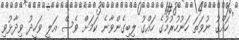
ހައްގު ނުވަތަ ހަނުހުރުމުގެ ހައްގު ލިބިގެންވާނެ ކަމަށް ވެސް އަލީ ވަހީދު ވިދާޅުވި